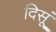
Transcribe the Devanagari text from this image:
दिसूं